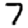
Digit: 7